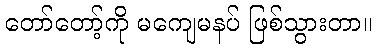
တော်တော့်ကို မကျေမနပ် ဖြစ်သွားတာ။